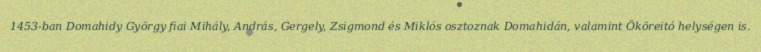
1453-ban Domahidy György fiai Mihály, András, Gergely, Zsigmond és Miklós osztoznak Domahidán, valamint Ököreitó helységen is.